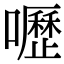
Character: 嚦